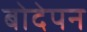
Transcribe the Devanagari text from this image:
बोदेपन